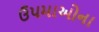
ઉપમાઓના